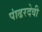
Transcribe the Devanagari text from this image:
पांढरदेवी